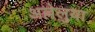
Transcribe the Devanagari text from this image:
अल्लेलुया